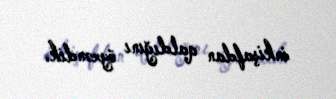
inkişafdan qaldığını öyrəndik.